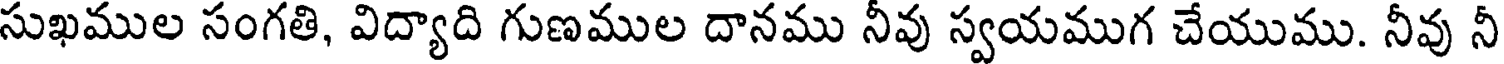
సుఖముల సంగతి, విద్యాది గుణముల దానము నీవు స్వయముగ చేయుము. నీవు నీ